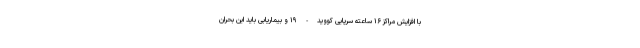
با افزایش مراکز ۱۶ ساعته سرپایی کووید - ۱۹ و بیماریابی باید این بحران